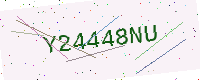
Text: Y24448NU